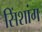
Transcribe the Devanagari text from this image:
सिंशांग